Insane asylums in Bengal annual reports 1867-1875 - 1867-1875
Year: 1867
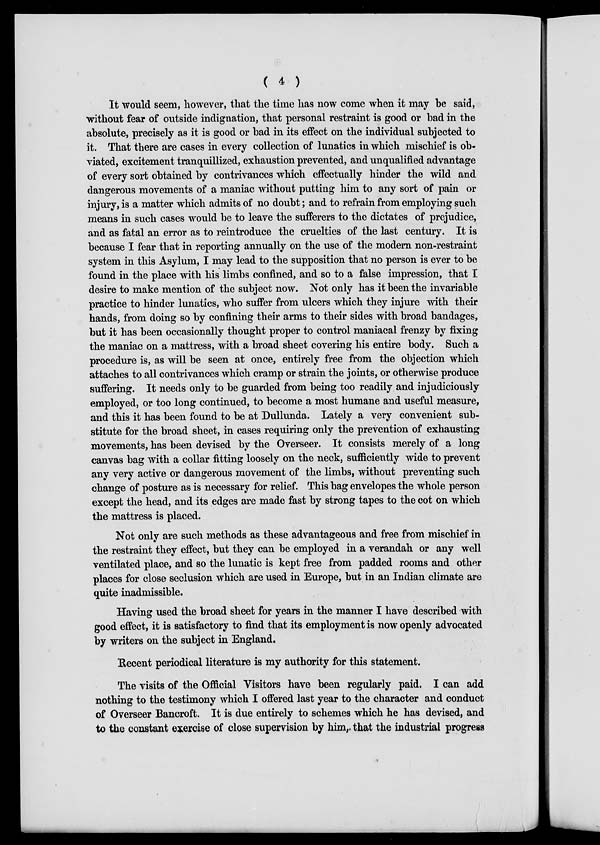
( 4 )
It would seem, however, that the time has now come when it may be said,
without fear of outside indignation, that personal restraint is good or bad in the
absolute, precisely as it is good or bad in its effect on the individual subjected to
it. That there are cases in every collection of lunatics in which mischief is ob-
viated, excitement tranquillized, exhaustion prevented, and unqualified advantage
of every sort obtained by contrivances which effectually hinder the wild and
dangerous movements of a maniac without putting him to any sort of pain or
injury, is a matter which admits of no doubt; and to refrain from employing such
means in such cases would be to leave the sufferers to the dictates of prejudice,
and as fatal an error as to reintroduce the cruelties of the last century. It is
because I fear that in reporting annually on the use of the modern non-restraint
system in this Asylum, I may lead to the supposition that no person is ever to be
found in the place with his limbs confined, and so to a false impression, that I
desire to make mention of the subject now. Not only has it been the invariable
practice to hinder lunatics, who suffer from ulcers which they injure with their
hands, from doing so by confining their arms to their sides with broad bandages,
but it has been occasionally thought proper to control maniacal frenzy by fixing
the maniac on a mattress, with a broad sheet covering his entire body. Such a
procedure is, as will be seen at once, entirely free from the objection which
attaches to all contrivances which cramp or strain the joints, or otherwise produce
suffering. It needs only to be guarded from being too readily and injudiciously
employed, or too long continued, to become a most humane and useful measure,
and this it has been found to be at Dullunda. Lately a very convenient sub-
stitute for the broad sheet, in cases requiring only the prevention of exhausting
movements, has been devised by the Overseer. It consists merely of a long
canvas bag with a collar fitting loosely on the neck, sufficiently wide to prevent
any very active or dangerous movement of the limbs, without preventing such
change of posture as is necessary for relief. This bag envelopes the whole person
except the head, and its edges are made fast by strong tapes to the cot on which
the mattress is placed.
Not only are such methods as these advantageous and free from mischief in
the restraint they effect, but they can be employed in a verandah or any well
ventilated place, and so the lunatic is kept free from padded rooms and other
places for close seclusion which are used in Europe, but in an Indian climate are
quite inadmissible.
Having used the broad sheet for years in the manner I have described with
good effect, it is satisfactory to find that its employment is now openly advocated
by writers on the subject in England.
Recent periodical literature is my authority for this statement.
The visits of the Official Visitors have been regularly paid. I can add
nothing to the testimony which I offered last year to the character and conduct
of Overseer Bancroft. It is due entirely to schemes which he has devised, and
to the constant exercise of close supervision by him, that the industrial progress